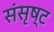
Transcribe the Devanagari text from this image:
संसृष्ट